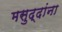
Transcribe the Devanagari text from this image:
मसुद्दांना